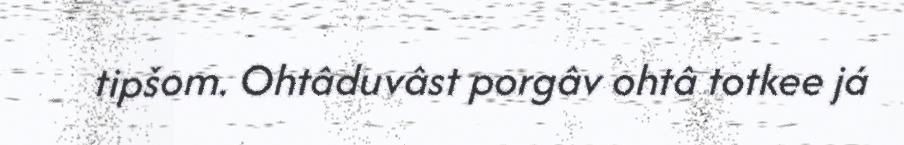
tipšom. Ohtâduvâst porgâv ohtâ totkee já